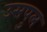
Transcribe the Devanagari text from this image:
उसपुल